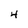
Character: 4